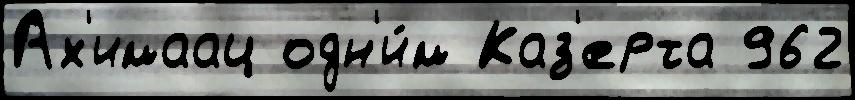
Ах'имаац одн'и́м Каз'ерта 962